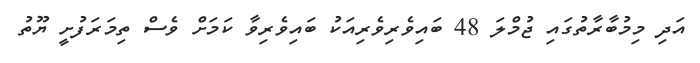
އަދި މިމުބާރާތުގައި ޖުމްލަ 48 ބައިވެރިވެރިއަކު ބައިވެރިވާ ކަމަށް ވެސް ތިމަރަފުށީ ޔޫތު